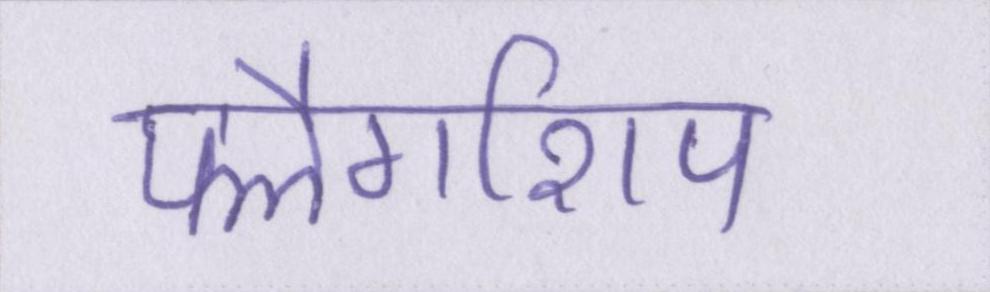
फ्लैगशिप